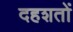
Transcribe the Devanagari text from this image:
दहशतों